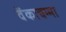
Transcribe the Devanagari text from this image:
वेंकाचम्मा